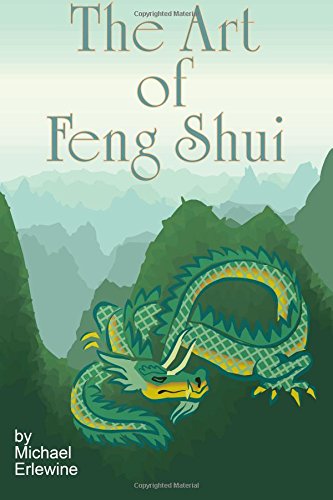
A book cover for The Art Of Feng Shui: Interior And Exterior Space; Michael Erlewine; Religion & Spirituality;